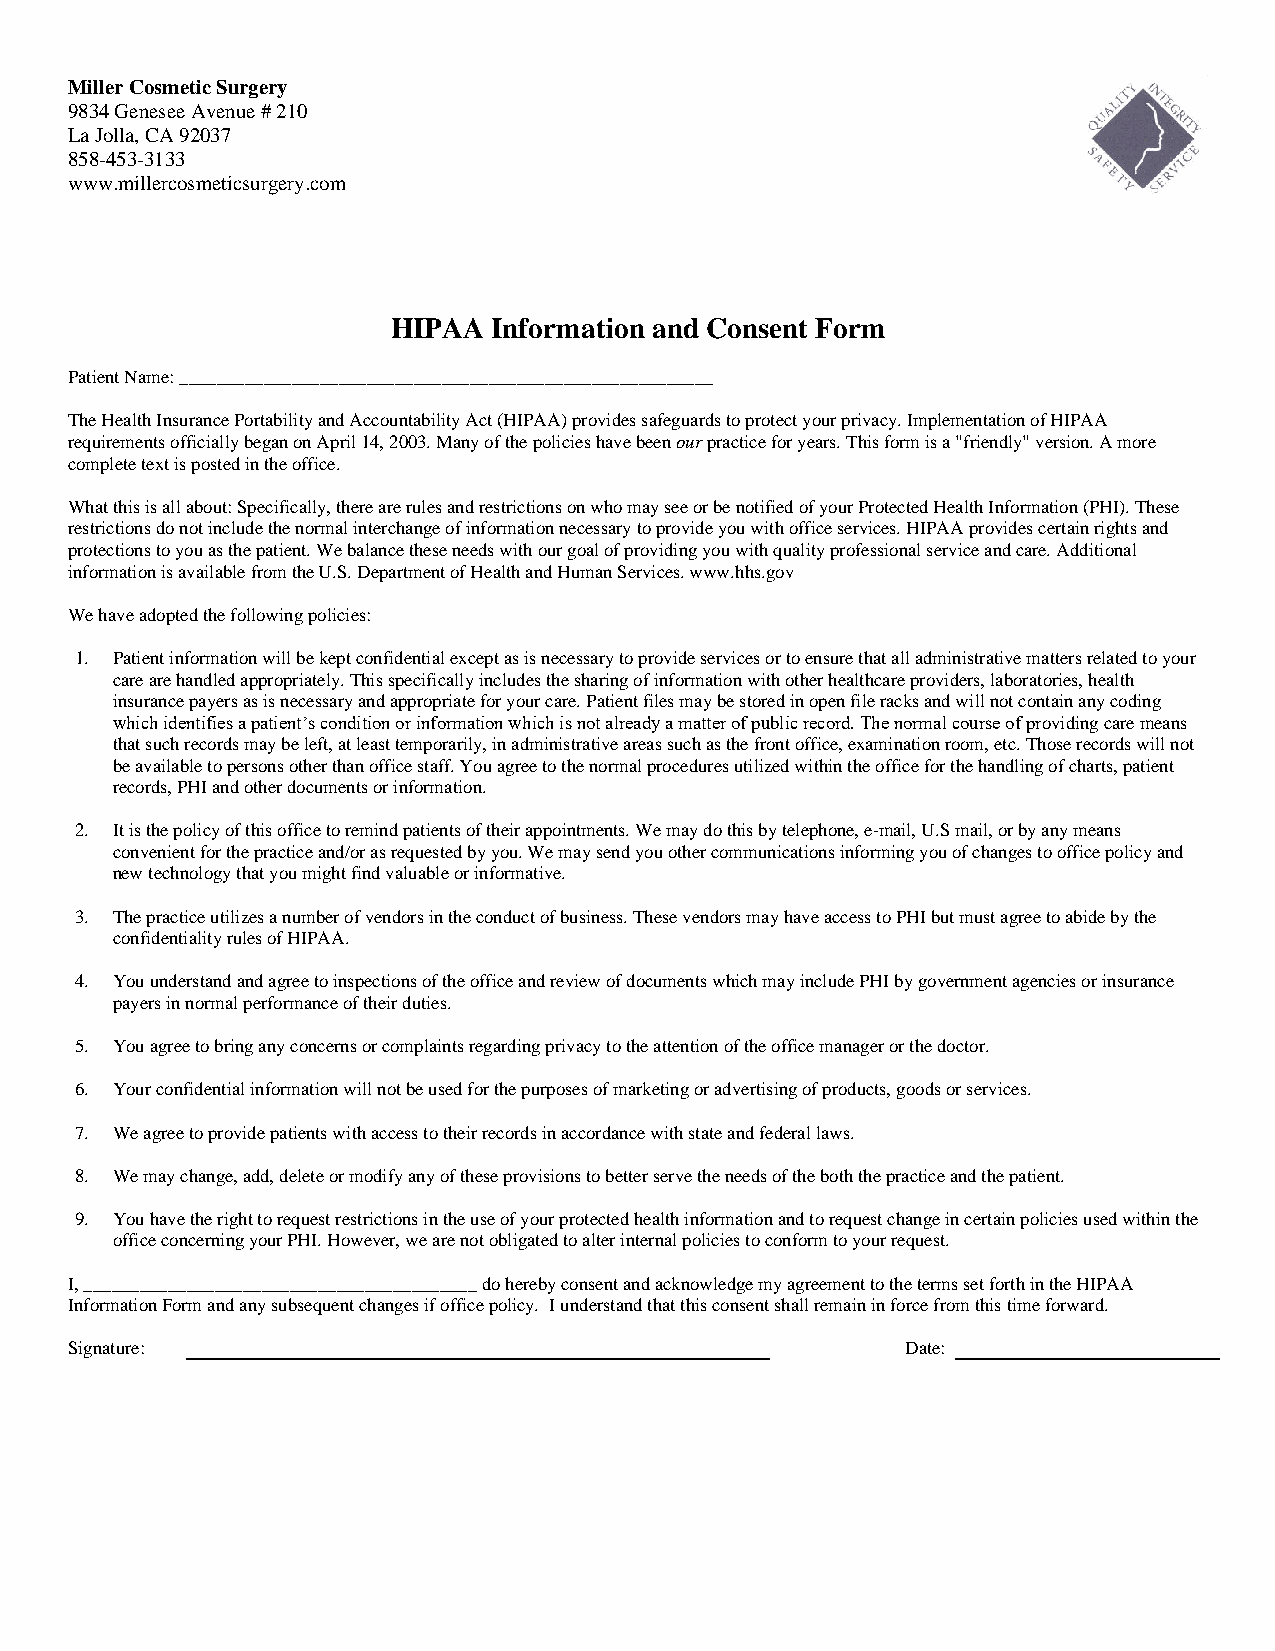
Miller Cosmetic Surgery
 9834 Genesee Avenue # 210
 La Jolla, CA 92037
 858-453-3133
 www.millercosmeticsurgery.com
 HIPAA  Information and Consent Form
 Patient Name: _________________________________________________________
 The Health Insurance Portability and Accountability Act (HIPAA) provides safeguards to protect your privacy. Implementation of HIPAA
 requirements officially began on April 14, 2003. Many of the policies have been our practice for years. This form is a "friendly" version. A more
 complete text is posted in the office.
 What this is all about: Specifically, there are rules and restrictions on who may see or be notified of your Protected Health Information (PHI). These
 restrictions do not include the normal interchange of information necessary to provide you with office services. HIPAA provides certain rights and
 protections to you as the patient. We balance these needs with our goal of providing you with quality professional service and care. Additional
 information is available from the U.S. Department of Health and Human Services. www.hhs.gov
 We have adopted the following policies:
 1. Patient information will be kept confidential except as is necessary to provide services or to ensure that all administrative matters related to your
 care are handled appropriately. This specifically includes the sharing of information with other healthcare providers, laboratories, health
 insurance payers as is necessary and appropriate for your care. Patient files may be stored in open file racks and will not contain any coding
 which identifies a patient’s condition or information which is not already a matter of public record. The normal course of providing care means
 that such records may be left, at least temporarily, in administrative areas such as the front office, examination room, etc. Those records will not
 be available to persons other than office staff. You agree to the normal procedures utilized within the office for the handling of charts, patient
 records, PHI and other documents or information.
 2. It is the policy of this office to remind patients of their appointments. We may do this by telephone, e-mail, U.S mail, or by any means
 convenient for the practice and/or as requested by you. We may send you other communications informing you of changes to office policy and
 new technology that you might find valuable or informative.
 3. The practice utilizes a number of vendors in the conduct of business. These vendors may have access to PHI but must agree to abide by the
 confidentiality rules of HIPAA.
 4. You understand and agree to inspections of the office and review of documents which may include PHI by government agencies or insurance
 payers in normal performance of their duties.
 5. You agree to bring any concerns or complaints regarding privacy to the attention of the office manager or the doctor.
 6. Your confidential information will not be used for the purposes of marketing or advertising of products, goods or services.
 7. We agree to provide patients with access to their records in accordance with state and federal laws.
 8. We may change, add, delete or modify any of these provisions to better serve the needs of the both the practice and the patient.
 9. You have the right to request restrictions in the use of your protected health information and to request change in certain policies used within the
 office concerning your PHI. However, we are not obligated to alter internal policies to conform to your request.
 I, __________________________________________ do hereby consent and acknowledge my agreement to the terms set forth in the HIPAA
 Information Form and any subsequent changes if office policy. I understand that this consent shall remain in force from this time forward.
 Signature:                                              Date: